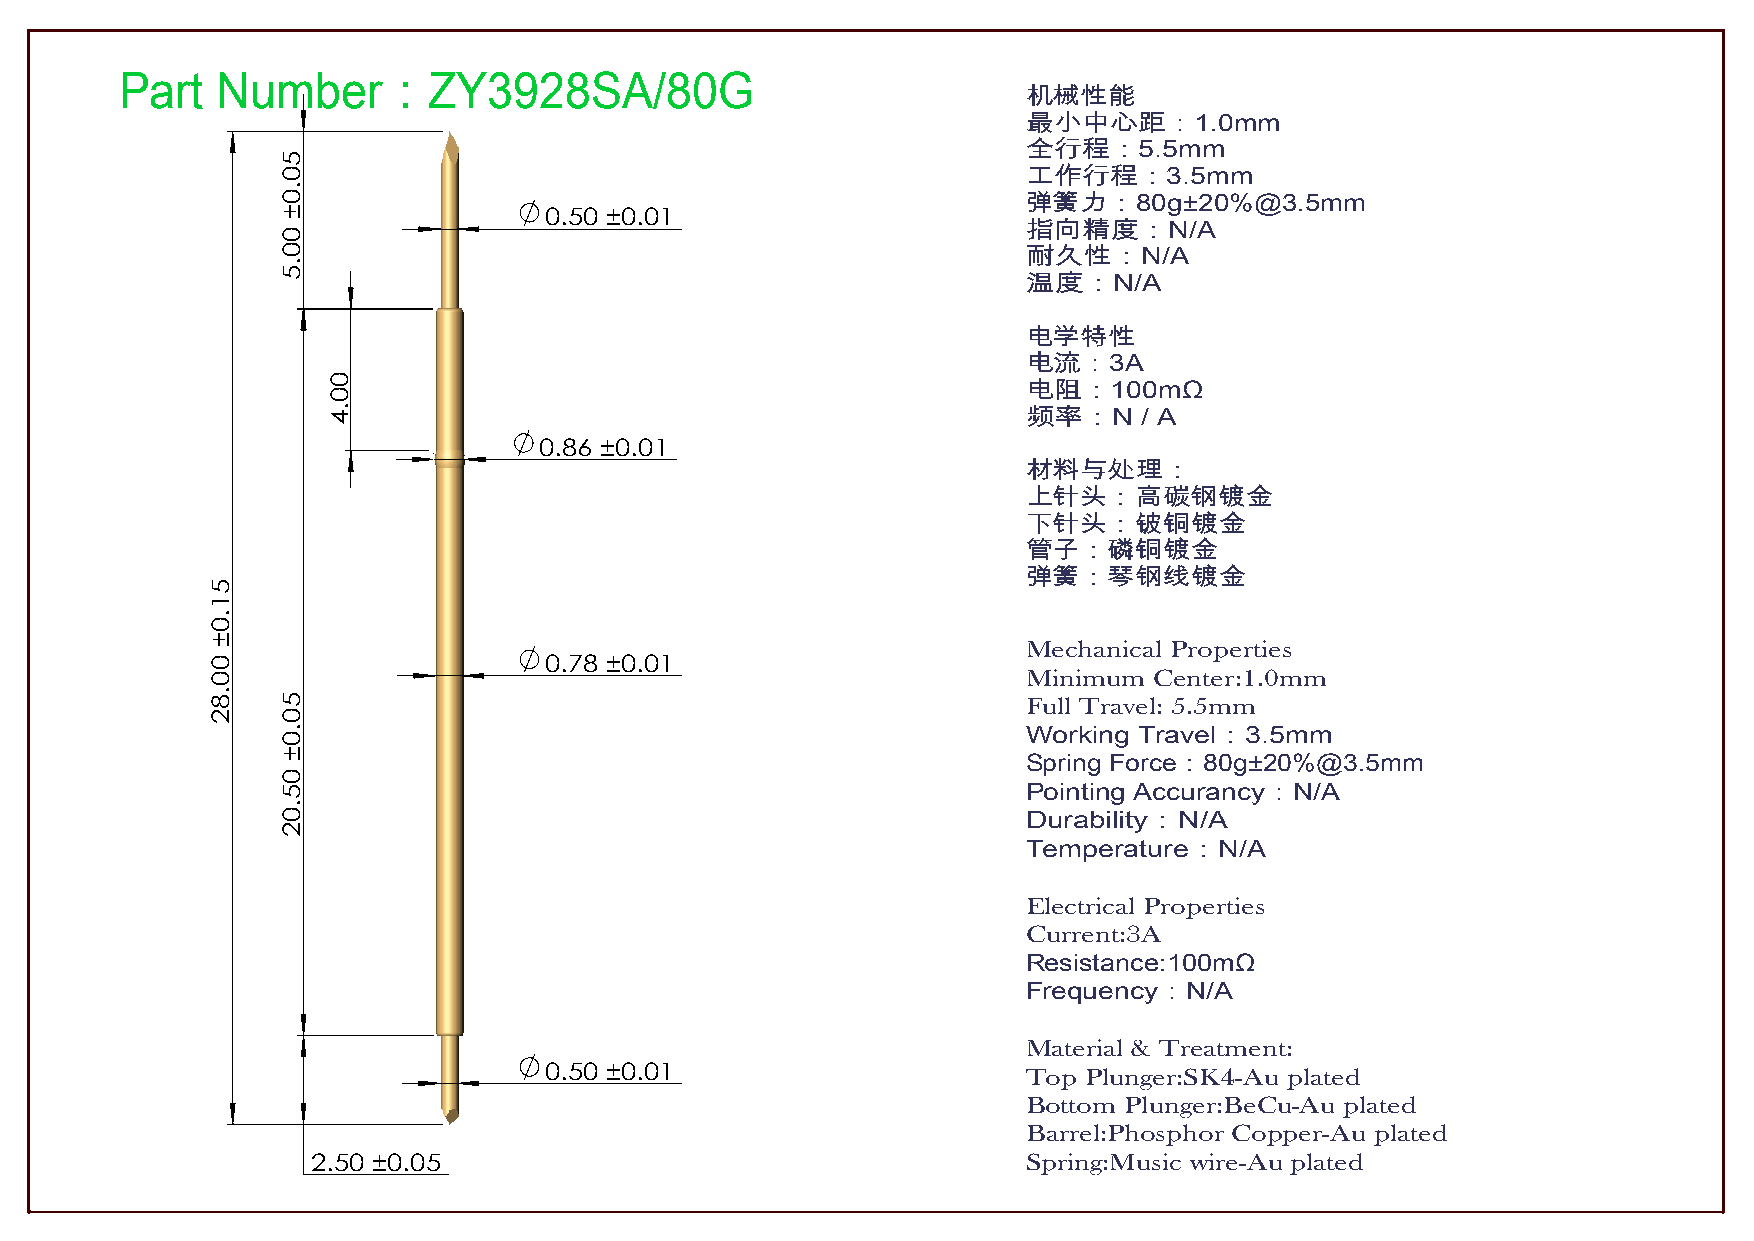
Part  Number：ZY3928SA/80G
 机械性能
 最小中心距：1.0mm
 全行程：5.5mm
 工作行程：3.5mm
 弹簧力：80g±20%@3.5mm
 0.50 ±0.01
 指向精度：N/A
 耐久性：N/A
 温度：N/A
 电学特性
 电流：3A
 电阻：100mΩ
 频率：N    / A
 0.86 ±0.01
 材料与处理：
 上针头：高碳钢镀金
 下针头：铍铜镀金
 管子：磷铜镀金
 弹簧：琴钢线镀金
 Mechanical Properties
 0.78 ±0.01
 Minimum Center:1.0mm
 Full Travel: 5.5mm
 Working Travel：3.5mm
 Spring Force：80g±20%@3.5mm
 Pointing Accurancy：N/A
 Durability：N/A
 Temperature：N/A
 Electrical Properties
 Current:3A
 Resistance:100mΩ
 Frequency：N/A
 Material & Treatment:
 0.50 ±0.01                      Top Plunger:SK4-Au plated
 Bottom Plunger:BeCu-Au plated
 Barrel:Phosphor Copper-Au plated
 2.50 ±0.05                                     Spring:Music wire-Au plated
 51.0±
 00.82
 50.0±
 00.5
 50.0±
 05.02
 00.4